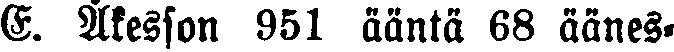
E. Åkesson 951 ääntä 68 äänes-